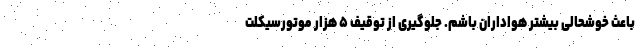
باعث خوشحالی بیشتر هواداران باشم. جلوگیری از توقیف ۵ هزار موتورسیکلت